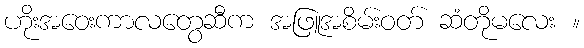
ဟိုးအဝေးကာလတွေဆီက အဖြူအစိမ်းဝတ် ဆံတိုမလေး ။